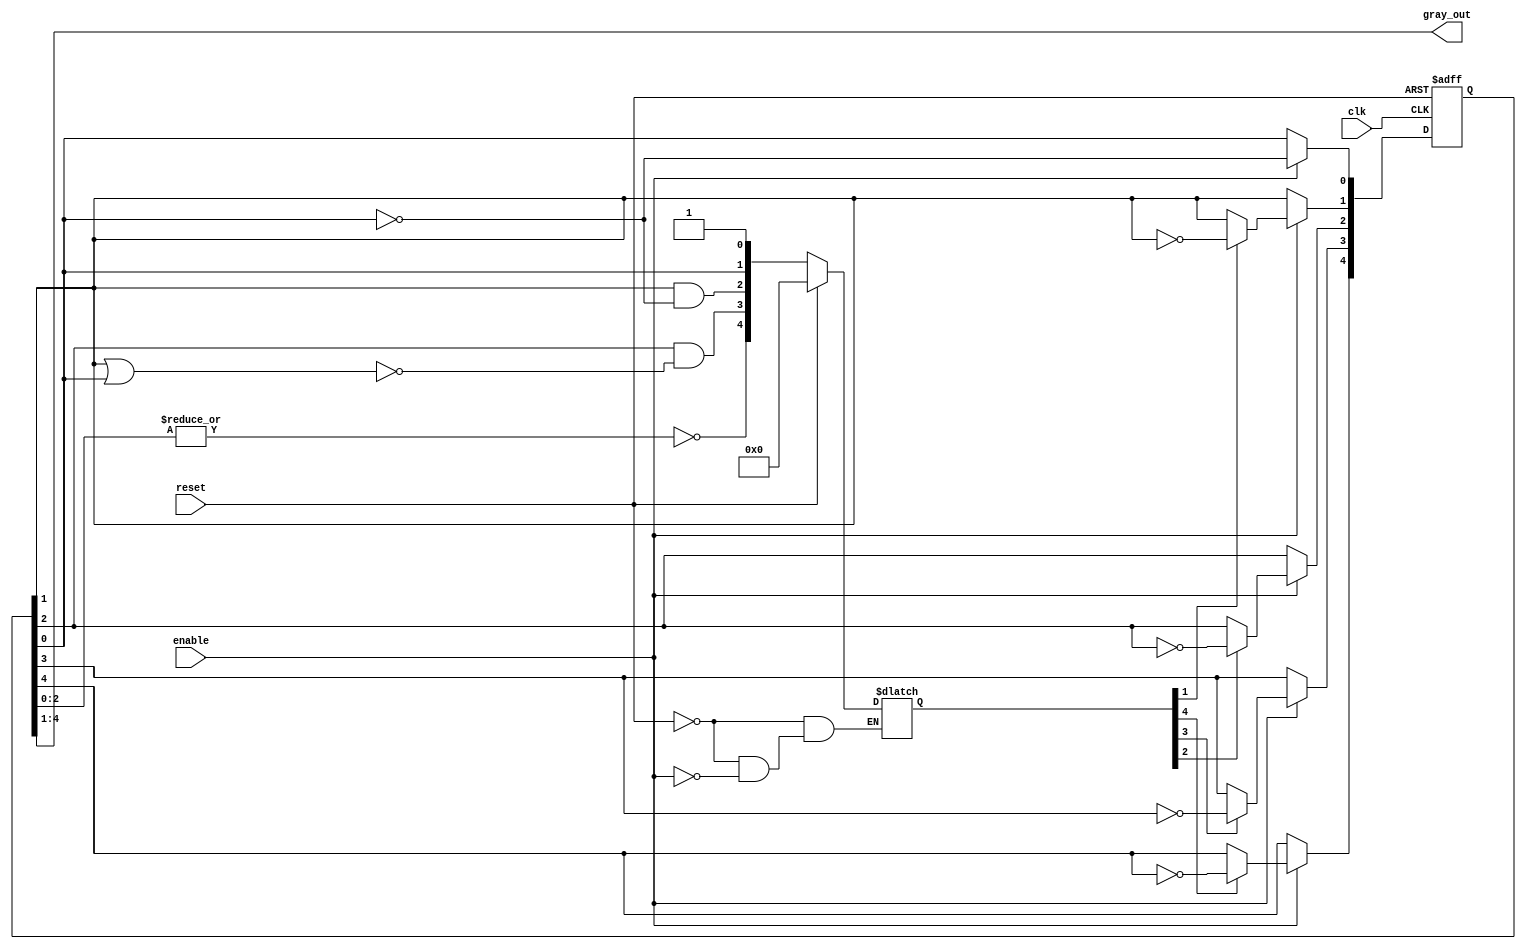
`timescale 1ns / 1ps
/*
-----------------------------------------------------------------------------
-- File           : Gray_Nbits_RTL.v
-----------------------------------------------------------------------------
*/

module gray_Nbits (clk, reset, enable, gray_out);

parameter N = 4;
parameter SIZE =(N+1);
parameter Zeros = {N{1'b0}};

integer i, j;
// Place the definition of wires and regs here
input wire clk, reset, enable;
output wire [N-1:0]gray_out;

reg [N:0]toggle;
reg prev;
reg [SIZE-1:0]state;

wire [SIZE-1:0]gray_out_aux;

assign gray_out = gray_out_aux[SIZE-1:1];
assign gray_out_aux = state;

// The state of the Gray counter
always @(posedge clk or posedge reset) begin
	if (reset == 1'b1) begin
		state <= {Zeros, 1'b1};
	end
	else begin
		if (enable == 1) begin
			state[0] <= ~gray_out_aux[0];
			for (i=1; i<=N; i=i+1) begin
				if (toggle[i] == 1'b1) begin
					state[i] <= ~gray_out_aux[i];
				end
			end
		end
	end
end

// The combinational logic produces the toggle[N:0] signals
always @ (state) begin
	if (reset == 1'b1) begin
		toggle = 'b0;
	end
	else begin
		if (enable == 1) begin
			toggle[0] =  1'b1;
			toggle[1] = state[0];	//checks aux bit
			for (i=2; i<N; i=i+1) begin
				prev = state[i-2];
				for (j = i-3; j >= 0; j = j-1) begin
					prev = prev | state[j];
				end
				toggle[i] = state[i-1] & (~prev);
			end
			toggle[N] = ~(|state[N-2:0]);
		end
	end
end

endmodule